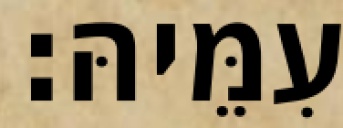
עִמֵּיהּ׃